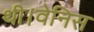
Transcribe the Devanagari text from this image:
थी।वेनिस